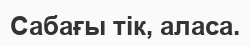
Сабағы тік, аласа.